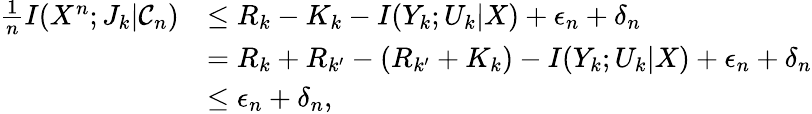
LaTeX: \begin{array}{rl}{\frac{1}{n}I(X^{n};J_{k}|\mathcal{C}_{n})}&{\le R_{k}-K_{k}-I(Y_{k};U_{k}|X)+\epsilon_{n}+\delta_{n}}\\ &{=R_{k}+R_{k^{\prime}}-(R_{k^{\prime}}+K_{k})-I(Y_{k};U_{k}|X)+\epsilon_{n}+\delta_{n}}\\ &{\le\epsilon_{n}+\delta_{n}{,}}\end{array}